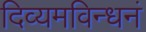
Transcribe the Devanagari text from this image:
दिव्यमविन्धनं